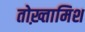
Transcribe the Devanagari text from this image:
तोख़्तामिश